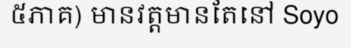
៥ភាគ) មានវត្តមានតែនៅ Soyo